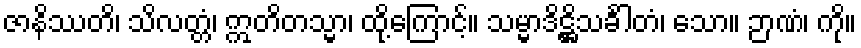
ဇာနိဿတိ၊ သိလတ္တံ၊ ဣတိတသ္မာ၊ ထို့ကြောင့်။ သမ္မာဒိဋ္ဌိသင်္ခါတံ၊ သော။ ဉာဏံ၊ ကို။